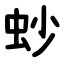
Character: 䖢